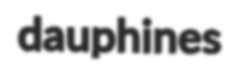
dauphines